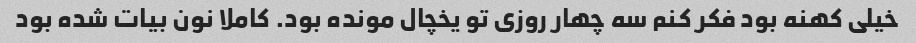
خیلی کهنه بود فکر کنم سه چهار روزی تو یخچال مونده بود. کاملا نون بیات شده بود